Jaan_Tonisson_(Lasteleht), lk 60
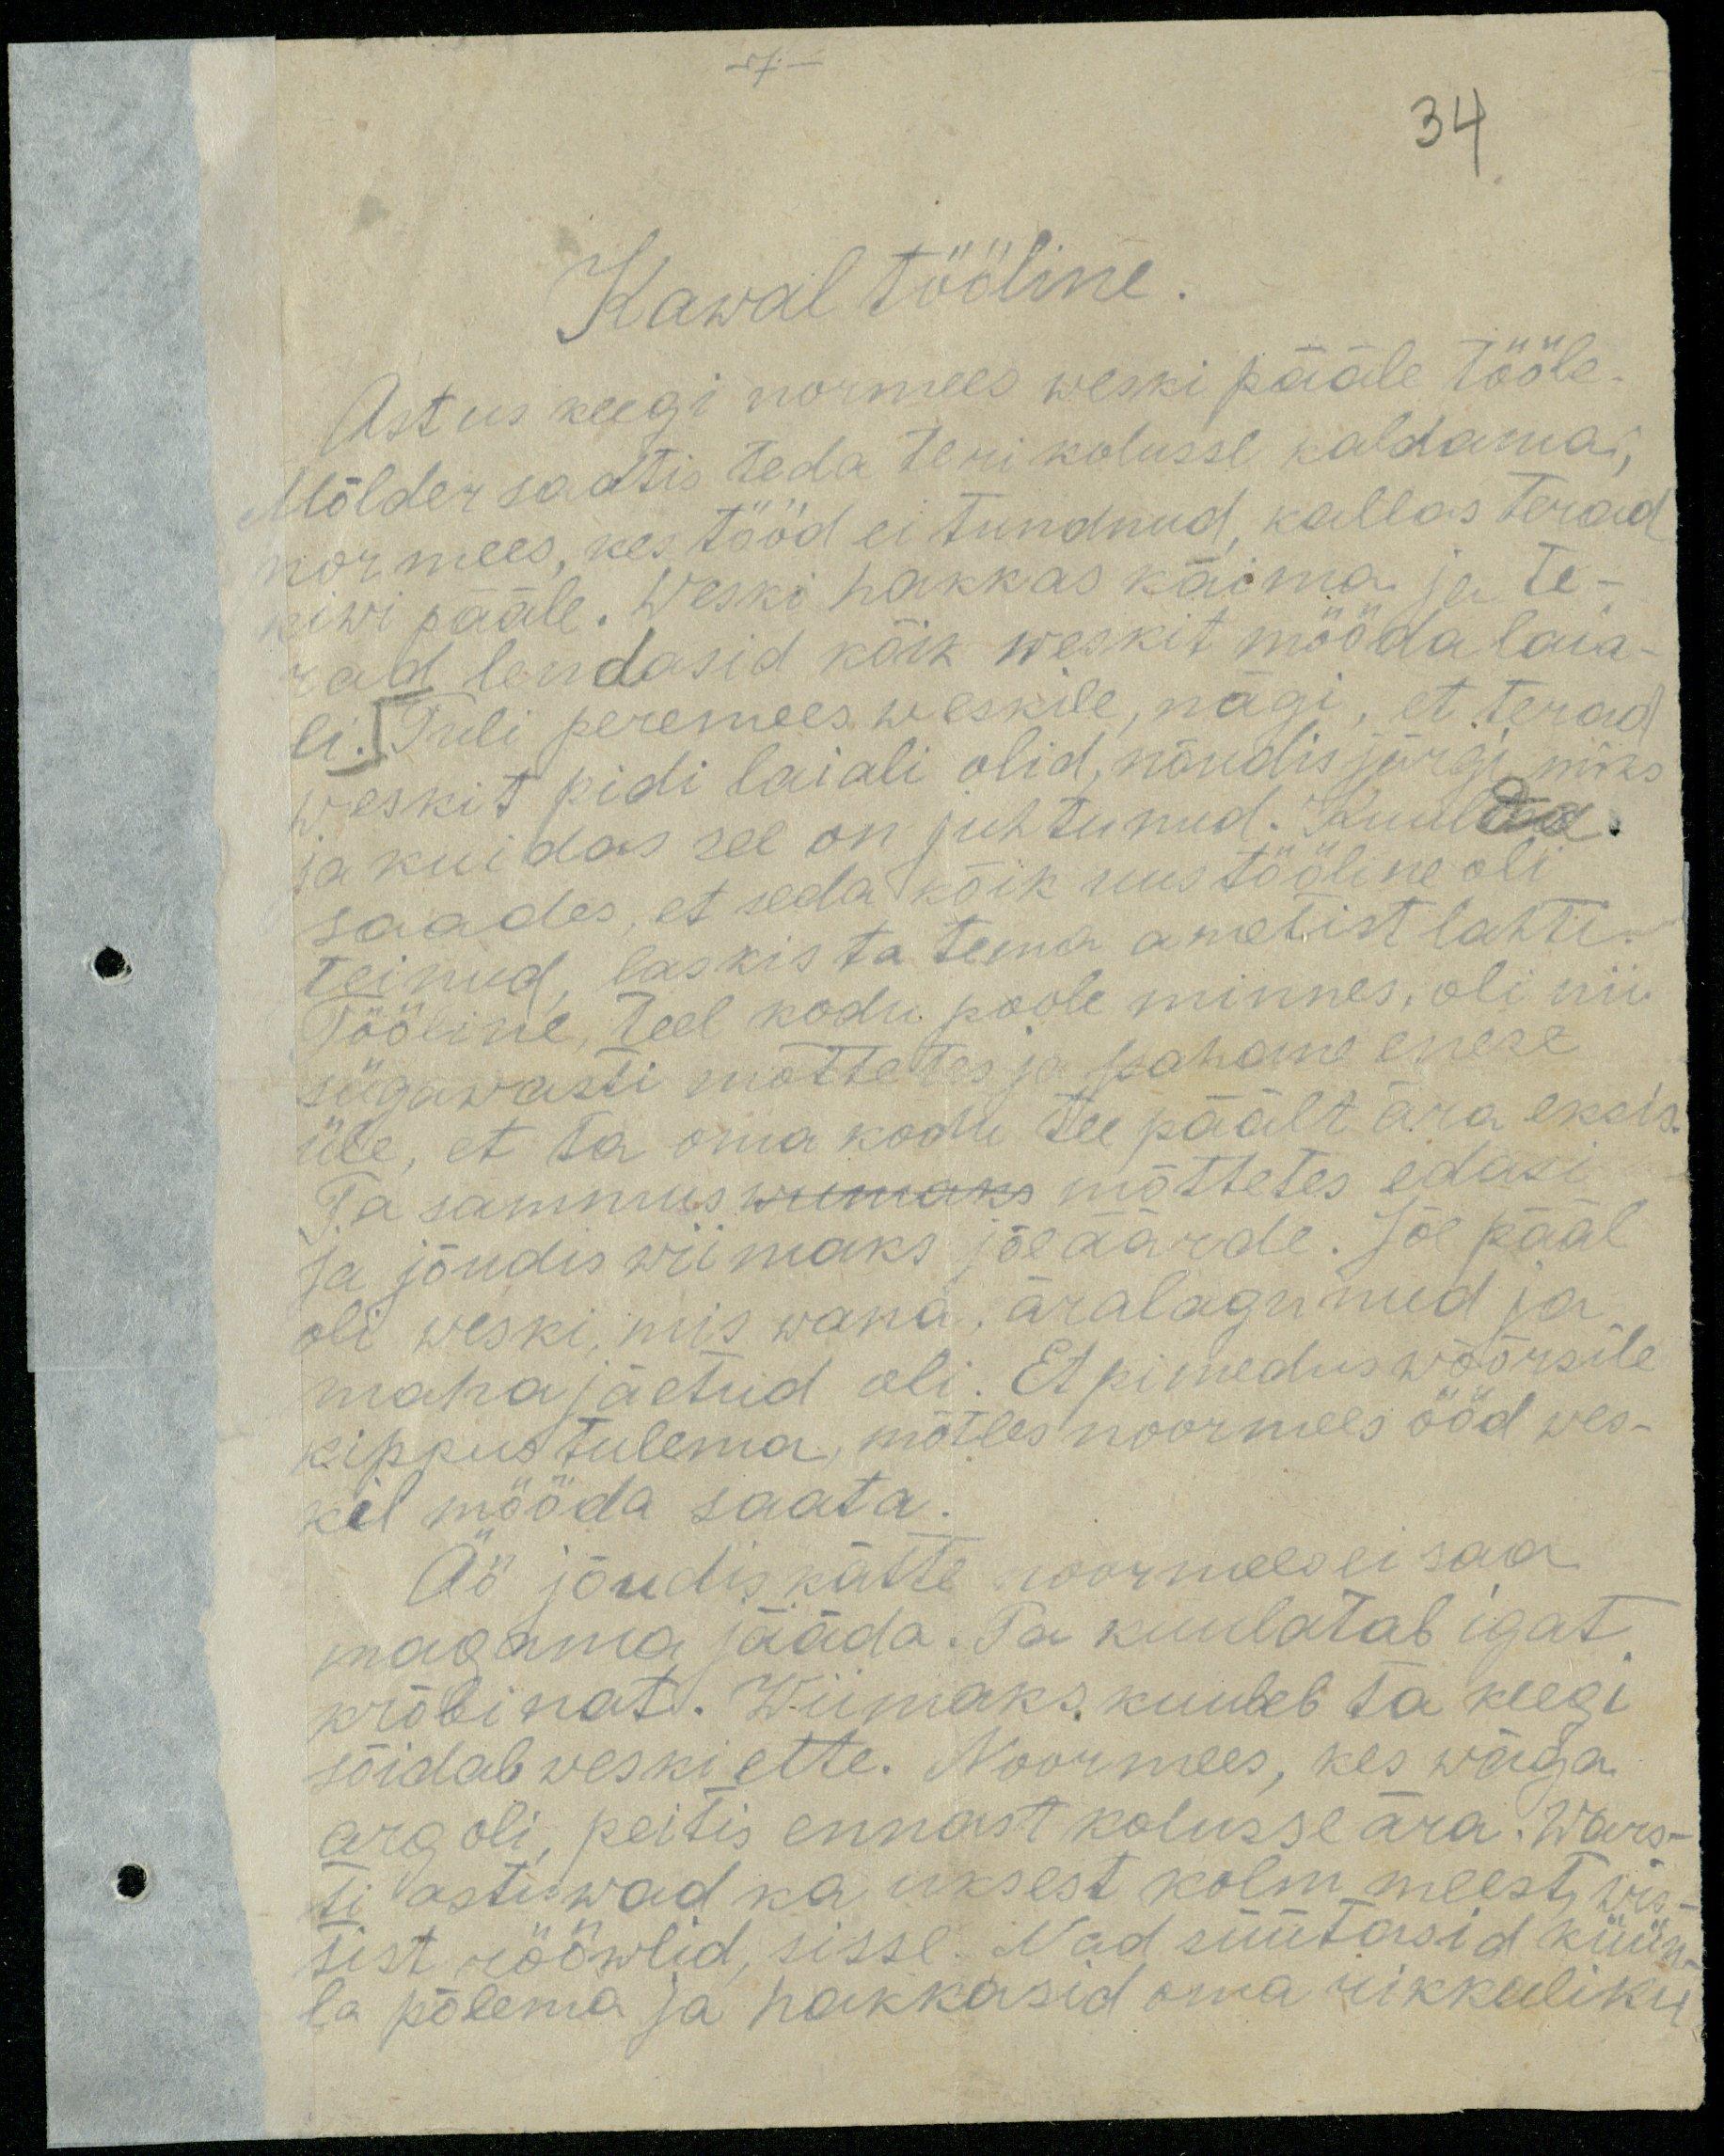
-7-

34

Kawal tööline.
Astus keegi normees weski pääle tööle.
Mölder saatis teda teri kolusse kaldama,
normees, kes tööd ei tundnud, kallas terad
kiwi pääle. Weski hakkas käima ja te-
rad lendasid kõik weskit mööda laia-
li. Tuli peremees weskile, nägi, et terad
ja kuidas see on juhtunud. Kuulda
weskit pidi laiali olid, nõudis järgi miks
saades, et seda kõik uus tööline oli
Tööline, teel kodu poole minnes, oli nii
teinud laskis ta tema ametist lahti
sügavasti mõttetes ja pahene enese
üle, et ta oma kodu tee päält ära eksis,
Ta sammus wiimaks mõttetes edasi
ja jõudis wiimaks jõe äärde. Jõe pääl
oli weski, mis wana, äralagunud ja
maha jäetud oli. Et pimedus wõõrsile
kippus tulema, mõtles noormees ööd wes-
kel mööda saata.
Öö jõudis kätte noormees ei saa
magama jääda. Ta kuulatab igat
krõbinat. Wiimaks kuuleb ta keegi
söidab weski ette. Noormees, kes wäga
arg oli, peitis ennast kolusse ära. Wars-
ti astuwad ka uksest kolm meest, wis
tist rööwlid, sisse. Nad süütasid küün-
la põlema ja hakkasid oma rikkaliku